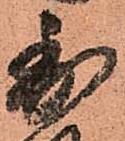
至